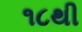
૧૮થી